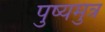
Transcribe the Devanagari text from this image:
पुष्यमुत्र